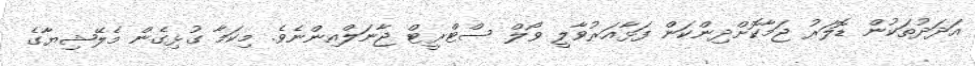
އަދަދުތަކުން ޑޮލަރު ޖަމާކޮށްދިންކަން ފަޅާއަރުވާލީ ވޯލް ސްޓްރީޓް ޖާނަލްއިންނެވެ. މިކަމާ ގުޅިގެން މެލޭޝިޔާގެ